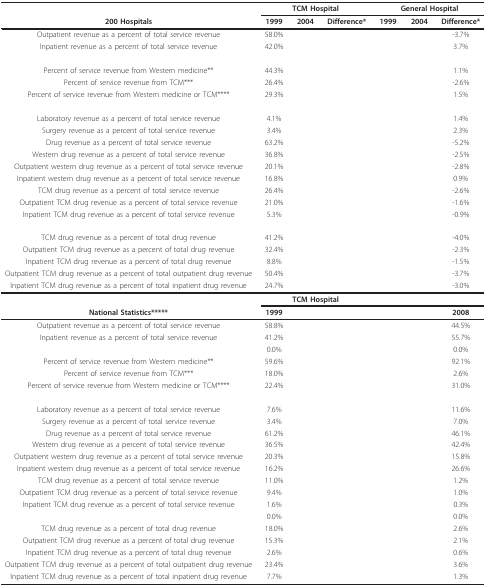
<table><thead><tr><td>[EMPTY_CELL]</td><td colspan="3"><b>TCM Hospital</b></td><td colspan="3"><b>General Hospital</b></td></tr><tr><td><b>200 Hospitals</b></td><td><b>1999</b></td><td><b>2004</b></td><td><b>Difference*</b></td><td><b>1999</b></td><td><b>2004</b></td><td><b>Difference*</b></td></tr></thead><tbody><tr><td>Outpatient revenue as a percent of total service revenue</td><td>58.0%</td><td>[EMPTY_CELL]</td><td>[EMPTY_CELL]</td><td>[EMPTY_CELL]</td><td>[EMPTY_CELL]</td><td>-3.7%</td></tr><tr><td>Inpatient revenue as a percent of total service revenue</td><td>42.0%</td><td>[EMPTY_CELL]</td><td>[EMPTY_CELL]</td><td>[EMPTY_CELL]</td><td>[EMPTY_CELL]</td><td>3.7%</td></tr><tr><td>Percent of service revenue from Western medicine**</td><td>44.3%</td><td>[EMPTY_CELL]</td><td>[EMPTY_CELL]</td><td>[EMPTY_CELL]</td><td>[EMPTY_CELL]</td><td>1.1%</td></tr><tr><td>Percent of service revenue from TCM***</td><td>26.4%</td><td>[EMPTY_CELL]</td><td>[EMPTY_CELL]</td><td>[EMPTY_CELL]</td><td>[EMPTY_CELL]</td><td>-2.6%</td></tr><tr><td>Percent of service revenue from Western medicine or TCM****</td><td>29.3%</td><td>[EMPTY_CELL]</td><td>[EMPTY_CELL]</td><td>[EMPTY_CELL]</td><td>[EMPTY_CELL]</td><td>1.5%</td></tr><tr><td>Laboratory revenue as a percent of total service revenue</td><td>4.1%</td><td>[EMPTY_CELL]</td><td>[EMPTY_CELL]</td><td>[EMPTY_CELL]</td><td>[EMPTY_CELL]</td><td>1.4%</td></tr><tr><td>Surgery revenue as a percent of total service revenue</td><td>3.4%</td><td>[EMPTY_CELL]</td><td>[EMPTY_CELL]</td><td>[EMPTY_CELL]</td><td>[EMPTY_CELL]</td><td>2.3%</td></tr><tr><td>Drug revenue as a percent of total service revenue</td><td>63.2%</td><td>[EMPTY_CELL]</td><td>[EMPTY_CELL]</td><td>[EMPTY_CELL]</td><td>[EMPTY_CELL]</td><td>-5.2%</td></tr><tr><td>Western drug revenue as a percent of total service revenue</td><td>36.8%</td><td>[EMPTY_CELL]</td><td>[EMPTY_CELL]</td><td>[EMPTY_CELL]</td><td>[EMPTY_CELL]</td><td>-2.5%</td></tr><tr><td>Outpatient western drug revenue as a percent of total service revenue</td><td>20.1%</td><td>[EMPTY_CELL]</td><td>[EMPTY_CELL]</td><td>[EMPTY_CELL]</td><td>[EMPTY_CELL]</td><td>-2.8%</td></tr><tr><td>Inpatient western drug revenue as a percent of total service revenue</td><td>16.8%</td><td>[EMPTY_CELL]</td><td>[EMPTY_CELL]</td><td>[EMPTY_CELL]</td><td>[EMPTY_CELL]</td><td>0.9%</td></tr><tr><td>TCM drug revenue as a percent of total service revenue</td><td>26.4%</td><td>[EMPTY_CELL]</td><td>[EMPTY_CELL]</td><td>[EMPTY_CELL]</td><td>[EMPTY_CELL]</td><td>-2.6%</td></tr><tr><td>Outpatient TCM drug revenue as a percent of total service revenue</td><td>21.0%</td><td>[EMPTY_CELL]</td><td>[EMPTY_CELL]</td><td>[EMPTY_CELL]</td><td>[EMPTY_CELL]</td><td>-1.6%</td></tr><tr><td>Inpatient TCM drug revenue as a percent of total service revenue</td><td>5.3%</td><td>[EMPTY_CELL]</td><td>[EMPTY_CELL]</td><td>[EMPTY_CELL]</td><td>[EMPTY_CELL]</td><td>-0.9%</td></tr><tr><td>TCM drug revenue as a percent of total drug revenue</td><td>41.2%</td><td>[EMPTY_CELL]</td><td>[EMPTY_CELL]</td><td>[EMPTY_CELL]</td><td>[EMPTY_CELL]</td><td>-4.0%</td></tr><tr><td>Outpatient TCM drug revenue as a percent of total drug revenue</td><td>32.4%</td><td>[EMPTY_CELL]</td><td>[EMPTY_CELL]</td><td>[EMPTY_CELL]</td><td>[EMPTY_CELL]</td><td>-2.3%</td></tr><tr><td>Inpatient TCM drug revenue as a percent of total drug revenue</td><td>8.8%</td><td>[EMPTY_CELL]</td><td>[EMPTY_CELL]</td><td>[EMPTY_CELL]</td><td>[EMPTY_CELL]</td><td>-1.5%</td></tr><tr><td>Outpatient TCM drug revenue as a percent of total outpatient drug revenue</td><td>50.4%</td><td>[EMPTY_CELL]</td><td>[EMPTY_CELL]</td><td>[EMPTY_CELL]</td><td>[EMPTY_CELL]</td><td>-3.7%</td></tr><tr><td>Inpatient TCM drug revenue as a percent of total inpatient drug revenue</td><td>24.7%</td><td>[EMPTY_CELL]</td><td>[EMPTY_CELL]</td><td>[EMPTY_CELL]</td><td>[EMPTY_CELL]</td><td>-3.0%</td></tr><tr><td>[EMPTY_CELL]</td><td colspan="3"><b>TCM Hospital</b></td><td colspan="3">[EMPTY_CELL]</td></tr><tr><td><b>National Statistics*****</b></td><td><b>1999</b></td><td>[EMPTY_CELL]</td><td>[EMPTY_CELL]</td><td>[EMPTY_CELL]</td><td>[EMPTY_CELL]</td><td><b>2008</b></td></tr><tr><td>Outpatient revenue as a percent of total service revenue</td><td>58.8%</td><td>[EMPTY_CELL]</td><td>[EMPTY_CELL]</td><td>[EMPTY_CELL]</td><td>[EMPTY_CELL]</td><td>44.5%</td></tr><tr><td>Inpatient revenue as a percent of total service revenue</td><td>41.2%</td><td>[EMPTY_CELL]</td><td>[EMPTY_CELL]</td><td>[EMPTY_CELL]</td><td>[EMPTY_CELL]</td><td>55.7%</td></tr><tr><td>[EMPTY_CELL]</td><td>0.0%</td><td>[EMPTY_CELL]</td><td>[EMPTY_CELL]</td><td>[EMPTY_CELL]</td><td>[EMPTY_CELL]</td><td>0.0%</td></tr><tr><td>Percent of service revenue from Western medicine**</td><td>59.6%</td><td>[EMPTY_CELL]</td><td>[EMPTY_CELL]</td><td>[EMPTY_CELL]</td><td>[EMPTY_CELL]</td><td>92.1%</td></tr><tr><td>Percent of service revenue from TCM***</td><td>18.0%</td><td>[EMPTY_CELL]</td><td>[EMPTY_CELL]</td><td>[EMPTY_CELL]</td><td>[EMPTY_CELL]</td><td>2.6%</td></tr><tr><td>Percent of service revenue from Western medicine or TCM****</td><td>22.4%</td><td>[EMPTY_CELL]</td><td>[EMPTY_CELL]</td><td>[EMPTY_CELL]</td><td>[EMPTY_CELL]</td><td>31.0%</td></tr><tr><td>Laboratory revenue as a percent of total service revenue</td><td>7.6%</td><td>[EMPTY_CELL]</td><td>[EMPTY_CELL]</td><td>[EMPTY_CELL]</td><td>[EMPTY_CELL]</td><td>11.6%</td></tr><tr><td>Surgery revenue as a percent of total service revenue</td><td>3.4%</td><td>[EMPTY_CELL]</td><td>[EMPTY_CELL]</td><td>[EMPTY_CELL]</td><td>[EMPTY_CELL]</td><td>7.0%</td></tr><tr><td>Drug revenue as a percent of total service revenue</td><td>61.2%</td><td>[EMPTY_CELL]</td><td>[EMPTY_CELL]</td><td>[EMPTY_CELL]</td><td>[EMPTY_CELL]</td><td>46.1%</td></tr><tr><td>Western drug revenue as a percent of total service revenue</td><td>36.5%</td><td>[EMPTY_CELL]</td><td>[EMPTY_CELL]</td><td>[EMPTY_CELL]</td><td>[EMPTY_CELL]</td><td>42.4%</td></tr><tr><td>Outpatient western drug revenue as a percent of total service revenue</td><td>20.3%</td><td>[EMPTY_CELL]</td><td>[EMPTY_CELL]</td><td>[EMPTY_CELL]</td><td>[EMPTY_CELL]</td><td>15.8%</td></tr><tr><td>Inpatient western drug revenue as a percent of total service revenue</td><td>16.2%</td><td>[EMPTY_CELL]</td><td>[EMPTY_CELL]</td><td>[EMPTY_CELL]</td><td>[EMPTY_CELL]</td><td>26.6%</td></tr><tr><td>TCM drug revenue as a percent of total service revenue</td><td>11.0%</td><td>[EMPTY_CELL]</td><td>[EMPTY_CELL]</td><td>[EMPTY_CELL]</td><td>[EMPTY_CELL]</td><td>1.2%</td></tr><tr><td>Outpatient TCM drug revenue as a percent of total service revenue</td><td>9.4%</td><td>[EMPTY_CELL]</td><td>[EMPTY_CELL]</td><td>[EMPTY_CELL]</td><td>[EMPTY_CELL]</td><td>1.0%</td></tr><tr><td>Inpatient TCM drug revenue as a percent of total service revenue</td><td>1.6%</td><td>[EMPTY_CELL]</td><td>[EMPTY_CELL]</td><td>[EMPTY_CELL]</td><td>[EMPTY_CELL]</td><td>0.3%</td></tr><tr><td>[EMPTY_CELL]</td><td>0.0%</td><td>[EMPTY_CELL]</td><td>[EMPTY_CELL]</td><td>[EMPTY_CELL]</td><td>[EMPTY_CELL]</td><td>0.0%</td></tr><tr><td>TCM drug revenue as a percent of total drug revenue</td><td>18.0%</td><td>[EMPTY_CELL]</td><td>[EMPTY_CELL]</td><td>[EMPTY_CELL]</td><td>[EMPTY_CELL]</td><td>2.6%</td></tr><tr><td>Outpatient TCM drug revenue as a percent of total drug revenue</td><td>15.3%</td><td>[EMPTY_CELL]</td><td>[EMPTY_CELL]</td><td>[EMPTY_CELL]</td><td>[EMPTY_CELL]</td><td>2.1%</td></tr><tr><td>Inpatient TCM drug revenue as a percent of total drug revenue</td><td>2.6%</td><td>[EMPTY_CELL]</td><td>[EMPTY_CELL]</td><td>[EMPTY_CELL]</td><td>[EMPTY_CELL]</td><td>0.6%</td></tr><tr><td>Outpatient TCM drug revenue as a percent of total outpatient drug revenue</td><td>23.4%</td><td>[EMPTY_CELL]</td><td>[EMPTY_CELL]</td><td>[EMPTY_CELL]</td><td>[EMPTY_CELL]</td><td>3.6%</td></tr><tr><td>Inpatient TCM drug revenue as a percent of total inpatient drug revenue</td><td>7.7%</td><td>[EMPTY_CELL]</td><td>[EMPTY_CELL]</td><td>[EMPTY_CELL]</td><td>[EMPTY_CELL]</td><td>1.3%</td></tr></tbody></table>